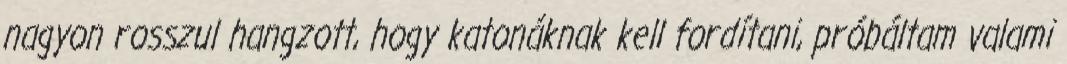
nagyon rosszul hangzott, hogy katonáknak kell fordítani, próbáltam valami